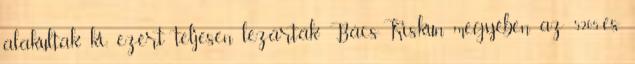
alakultak ki, ezért teljesen lezárták Bács-Kiskun megyében az 5205-es